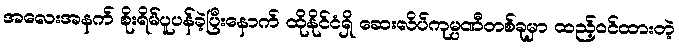
အလေးအနက် စိုးရိမ်ပူပန်ခဲ့ပြီးနောက် ထိုနိုင်ငံရှိ ဆေးလိပ်ကုမ္ပဏီတစ်ခုမှာ ထည့်ဝင်ထားတဲ့